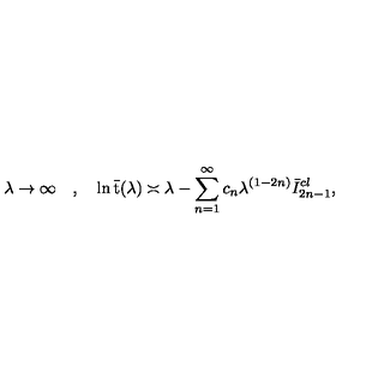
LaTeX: \lambda \rightarrow \infty \quad , \quad \ln \bar { \mathrm { t } } ( \lambda ) \asymp \lambda - \sum _ { n = 1 } ^ { \infty } c _ { n } \lambda ^ { ( 1 - 2 n ) } \bar { I } _ { 2 n - 1 } ^ { c l } ,